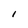
Character: l